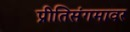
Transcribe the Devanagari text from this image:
प्रीतिसंगमावर